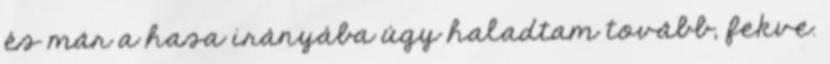
és már a hasa irányába úgy haladtam tovább, fekve.